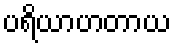
ပရိယာဟတာယ